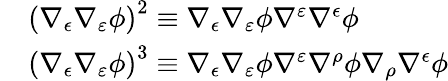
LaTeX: \begin{array}{rl}&{\left(\nabla_{\epsilon}\nabla_{\varepsilon}\phi\right)^{2}\equiv\nabla_{\epsilon}\nabla_{\varepsilon}\phi\nabla^{\varepsilon}\nabla^{\epsilon}\phi}\\ &{\left(\nabla_{\epsilon}\nabla_{\varepsilon}\phi\right)^{3}\equiv\nabla_{\epsilon}\nabla_{\varepsilon}\phi\nabla^{\varepsilon}\nabla^{\rho}\phi\nabla_{\rho}\nabla^{\epsilon}\phi}\end{array}